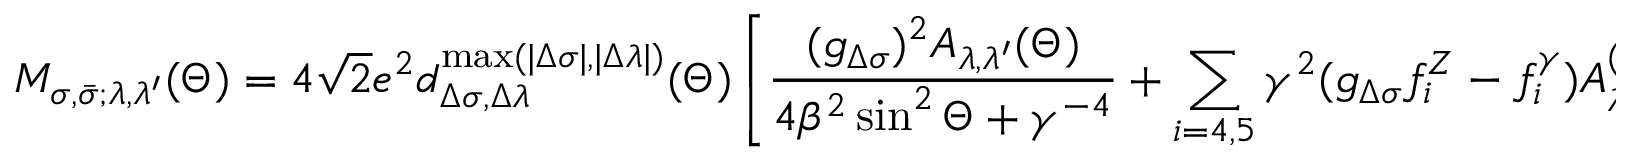
{ \cal M } _ { \sigma , \bar { \sigma } ; \lambda , \lambda ^ { \prime } } ( \Theta ) = 4 \sqrt { 2 } \: e ^ { 2 } \: \: d _ { \Delta \sigma , \Delta \lambda } ^ { \mathrm { m a x } ( | \Delta \sigma | , | \Delta \lambda | ) } ( \Theta ) \left[ { \frac { ( g _ { \Delta \sigma } ) ^ { 2 } { A } _ { \lambda , \lambda ^ { \prime } } ( \Theta ) } { 4 \beta ^ { 2 } \sin ^ { 2 } \Theta + \gamma ^ { - 4 } } } + \sum _ { i = 4 , 5 } \gamma ^ { 2 } ( g _ { \Delta \sigma } f _ { i } ^ { Z } - f _ { i } ^ { \gamma } ) { A } _ { \lambda , \lambda ^ { \prime } } ^ { ( i ) } \right] \; .